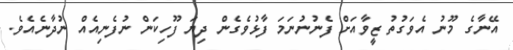
އޭނާގެ މޫނު އެވަގުތު ޒީވާއަށް ފެނުނުނަމަ ފާޅުވެގެން ދިޔަ ފޫހިކަން ނުފެނިއެއް ނުދާނެއެވެ.